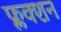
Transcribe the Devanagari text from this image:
फ्लक्शन